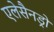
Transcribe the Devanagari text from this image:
एलेसैनड्रो